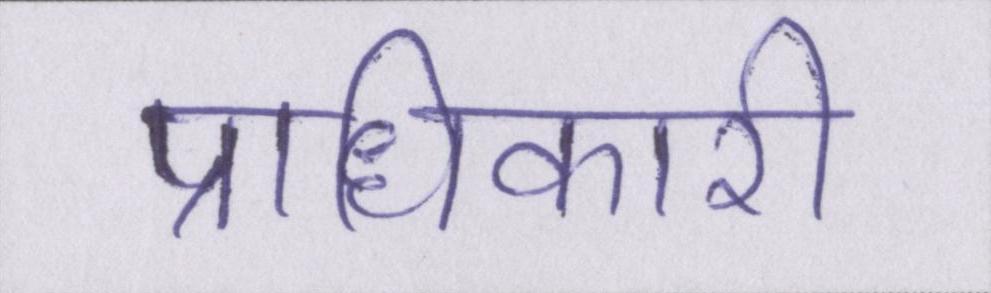
प्राधिकारी